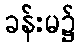
ခန်းမ၌